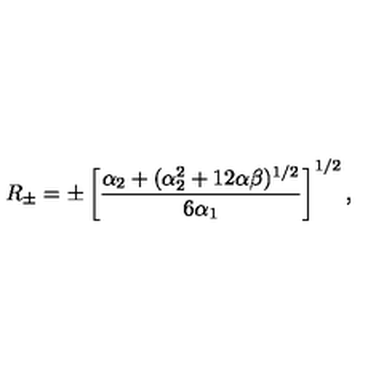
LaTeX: R _ { \pm } = \pm \left[ \frac { \alpha _ { 2 } + ( \alpha _ { 2 } ^ { 2 } + 1 2 \alpha \beta ) ^ { 1 / 2 } } { 6 \alpha _ { 1 } } \right] ^ { 1 / 2 } ,